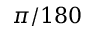
\pi / 1 8 0